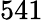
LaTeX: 541